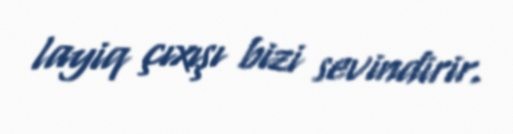
layiq çıxışı bizi sevindirir.